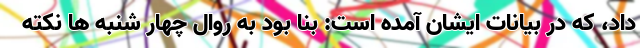
داد، که در بیانات ایشان آمده است: بنا بود به روال چهار شنبه ها نکته